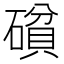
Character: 𰧝